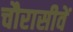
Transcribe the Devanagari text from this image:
चौरासीवें